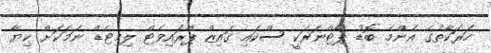
ހަރަކާތުގެ އެންމެ ބޮޑު ޕާޓްނަރަކީ ސްކައި ގައިޒް ޕްރައިވެޓް ލިމިޓެޑް ނަމަކަށް ކިޔާ